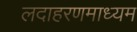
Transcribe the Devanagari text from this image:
लदाहरणमाध्यम